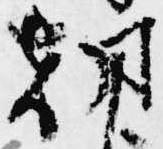
朝